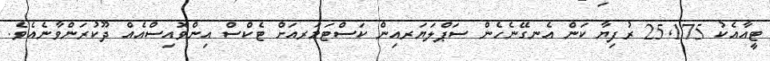
ޓީއާއެކު 25